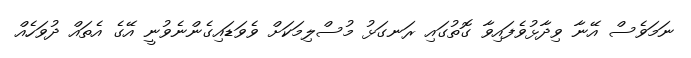
ނަމަވެސް އޭނާ ވިދާޅުވެފައިވާ ގޮތުގައި ރަނގަޅު މުސްލިމަކަށް ވެވަޑައިގެންނެވުނީ އޭގެ އެތައް ދުވަހެއް